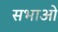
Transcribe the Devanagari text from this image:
सभाओ